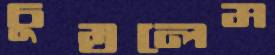
চুম্‌রলেম